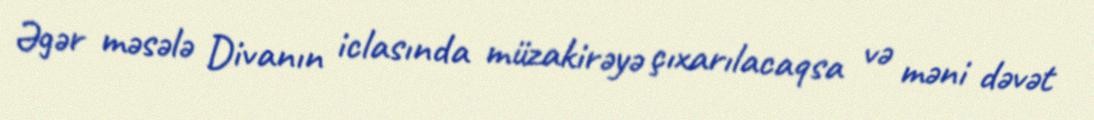
Əgər məsələ Divanın iclasında müzakirəyə çıxarılacaqsa və məni dəvət